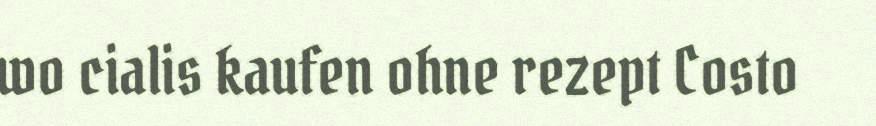
wo cialis kaufen ohne rezept Costo